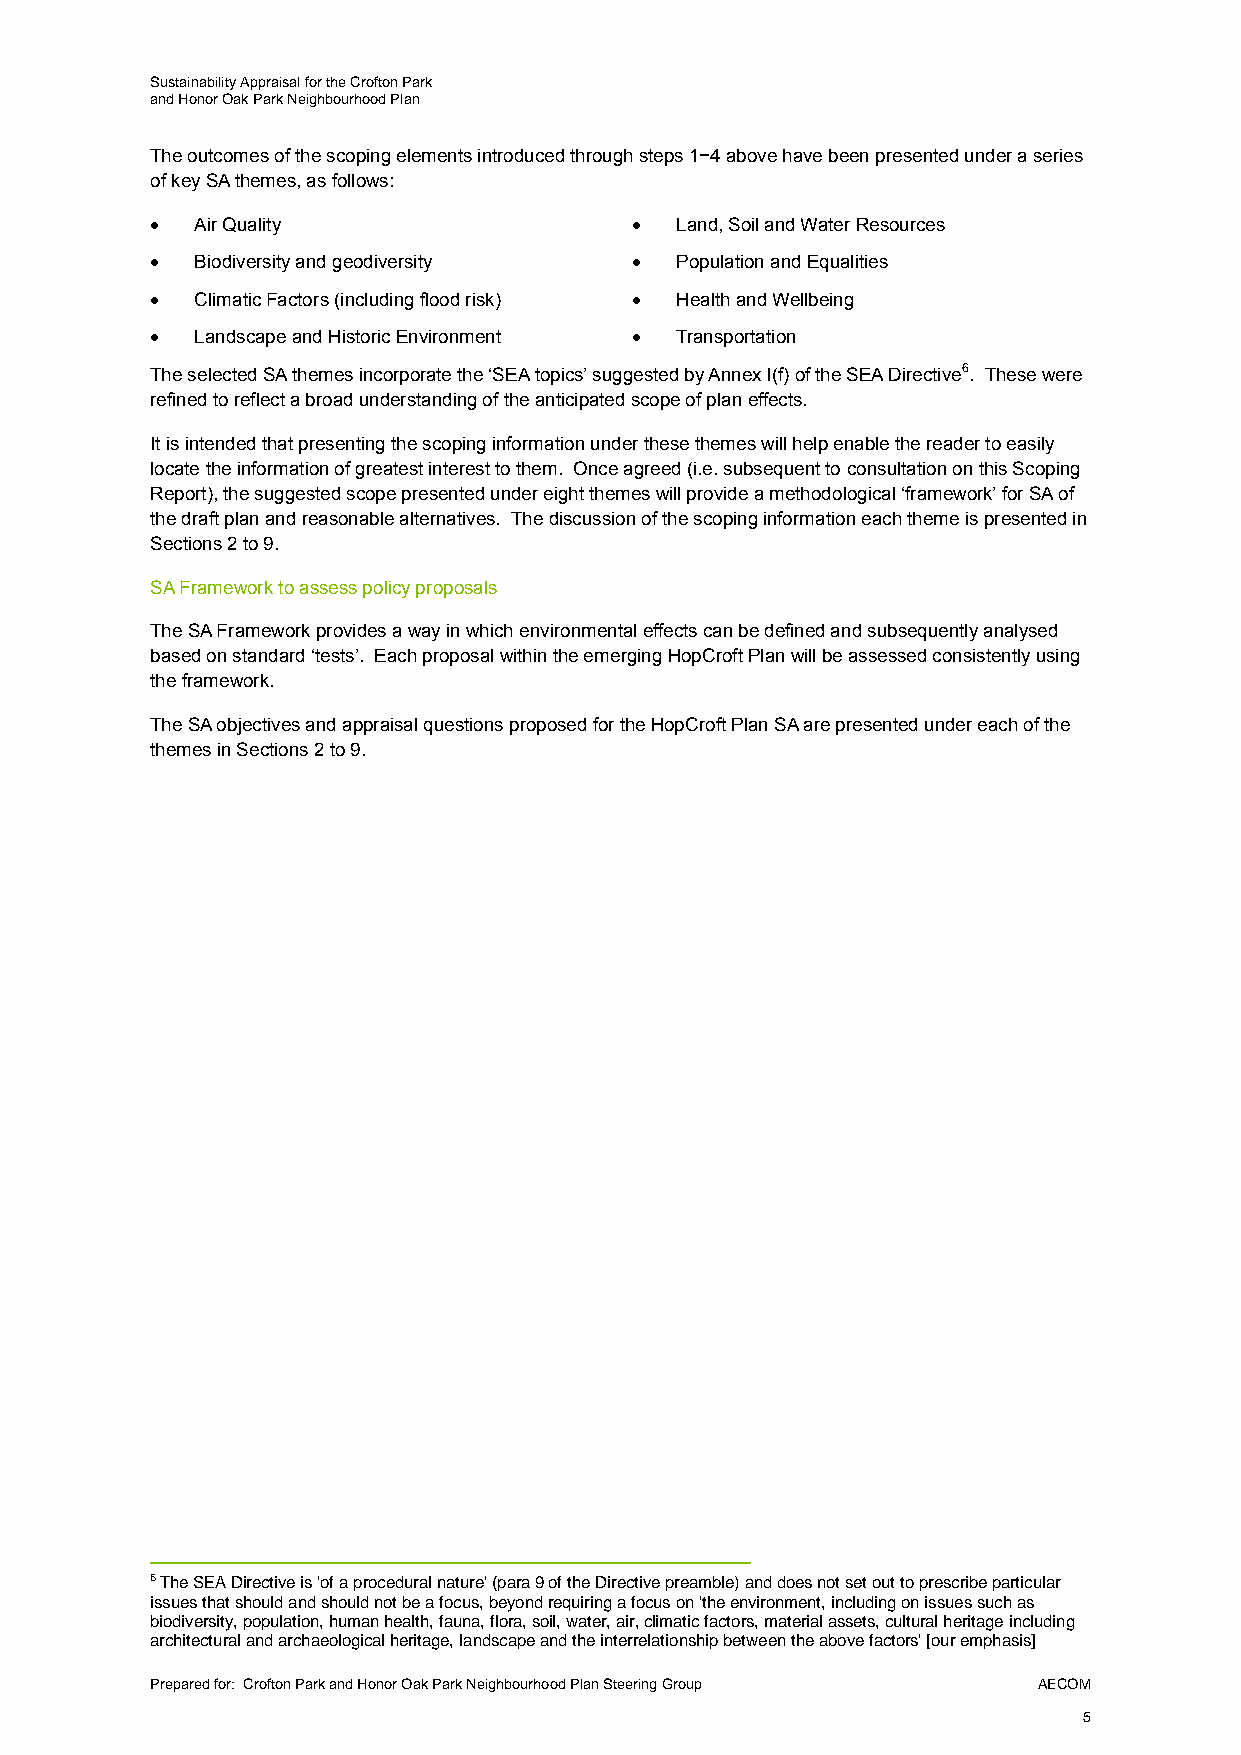
Sustainability Appraisal for the Crofton Park
 and Honor Oak Park Neighbourhood Plan
 The outcomes of the scoping elements introduced through steps 1−4 above have been presented under a series
 of key SA themes, as follows:
   Air Quality                    Land, Soil and Water Resources
   Biodiversity and geodiversity  Population and Equalities
   Climatic Factors (including flood risk)  Health and Wellbeing
   Landscape and Historic Environment  Transportation
 The selected SA themes incorporate the ‘SEA topics’ suggested by Annex I(f) of the SEA Directive6. These were
 refined to reflect a broad understanding of the anticipated scope of plan effects.
 It is intended that presenting the scoping information under these themes will help enable the reader to easily
 locate the information of greatest interest to them. Once agreed (i.e. subsequent to consultation on this Scoping
 Report), the suggested scope presented under eight themes will provide a methodological ‘framework’ for SA of
 the draft plan and reasonable alternatives. The discussion of the scoping information each theme is presented in
 Sections 2 to 9.
 SA Framework to assess policy proposals
 The SA Framework provides a way in which environmental effects can be defined and subsequently analysed
 based on standard ‘tests’. Each proposal within the emerging HopCroft Plan will be assessed consistently using
 the framework.
 The SA objectives and appraisal questions proposed for the HopCroft Plan SA are presented under each of the
 themes in Sections 2 to 9.
 6 The SEA Directive is 'of a procedural nature' (para 9 of the Directive preamble) and does not set out to prescribe particular
 issues that should and should not be a focus, beyond requiring a focus on 'the environment, including on issues such as
 biodiversity, population, human health, fauna, flora, soil, water, air, climatic factors, material assets, cultural heritage including
 architectural and archaeological heritage, landscape and the interrelationship between the above factors' [our emphasis]
 Prepared for: Crofton Park and Honor Oak Park Neighbourhood Plan Steering Group AECOM
 5